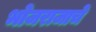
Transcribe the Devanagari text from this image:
भोजराजाचे